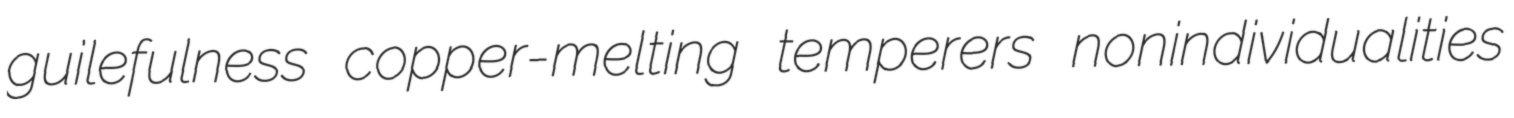
guilefulness copper-melting temperers nonindividualities